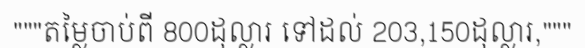
"""តម្លៃចាប់ពី 800ដុល្លារ ទៅដល់ 203,150ដុល្លារ,"""